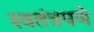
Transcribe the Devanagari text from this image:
स्‍वतंत्रपणे